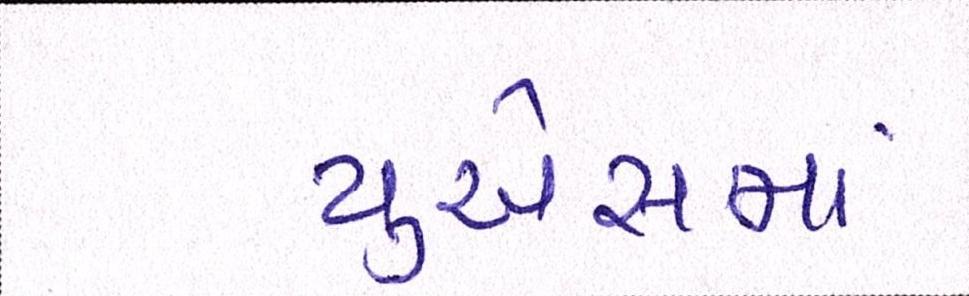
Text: યુએસમાં